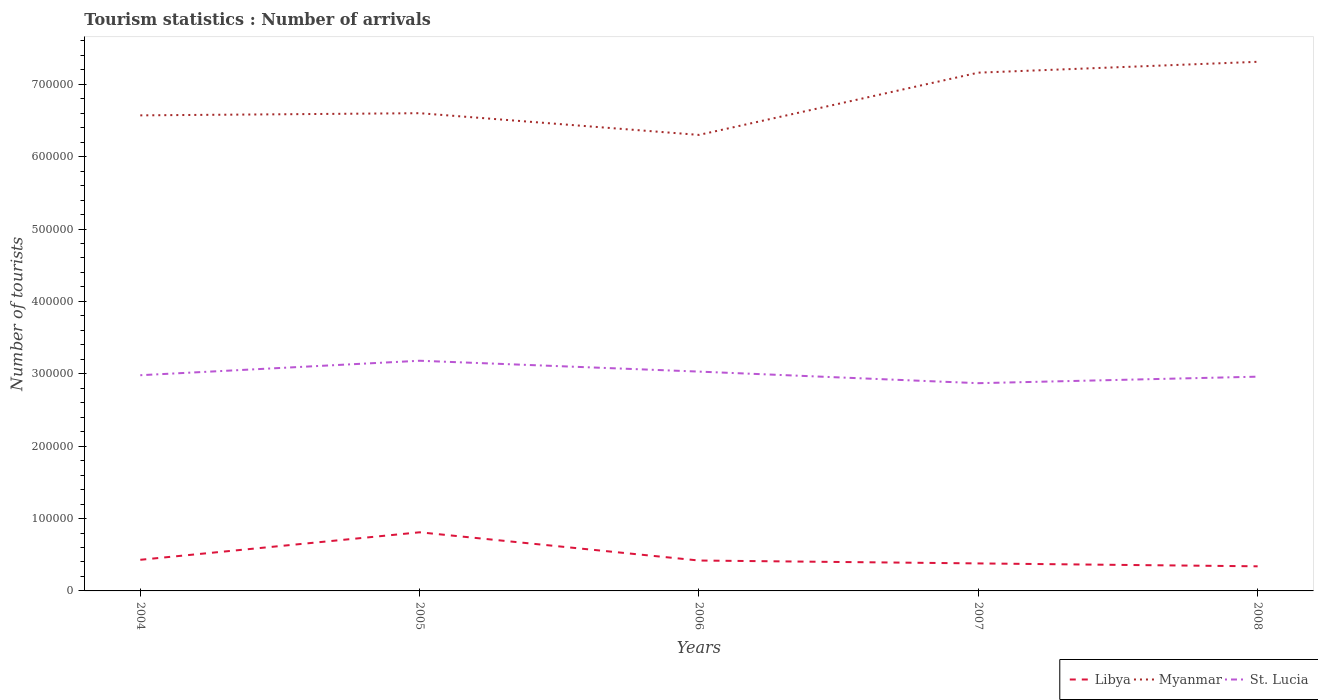
| Years | Libya | Myanmar | St. Lucia |
 | --- | --- | --- | --- |
 | 2004 | 4.3e+04 | 6.57e+05 | 2.98e+05 |
 | 2005 | 8.1e+04 | 6.6e+05 | 3.18e+05 |
 | 2006 | 4.2e+04 | 6.3e+05 | 3.03e+05 |
 | 2007 | 3.8e+04 | 7.16e+05 | 2.87e+05 |
 | 2008 | 3.4e+04 | 7.31e+05 | 2.96e+05 |